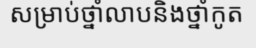
សម្រាប់ថ្នាំលាបនិងថ្នាំកូត